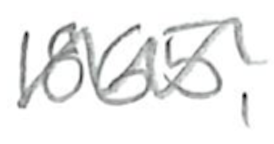
Text: 1865,
Cross-out: zig-zag
Writing tool: pencil